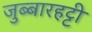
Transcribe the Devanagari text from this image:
जुब्‍बारहट्टी